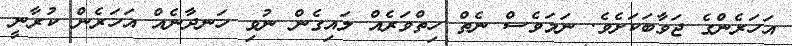
އަހަރެންގެ ޖަވާބަކަށެވެ. ނަމަވެސް ނެތް ހިތްވަރެއް ލައިގެން ނުވި ހަނދާނެއް އަހަރެން ކުރާނީ